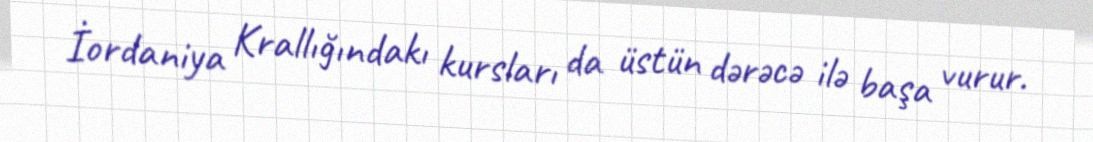
İordaniya Krallığındakı kursları da üstün dərəcə ilə başa vurur.